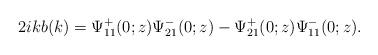
LaTeX: \begin{align*}2ikb(k)=\Psi^+_{11}(0 ;z) \Psi^-_{21}(0;z)-\Psi^+_{21}(0;z) \Psi^-_{11}(0;z).\end{align*}